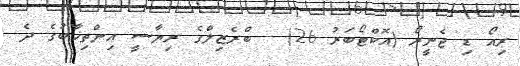
ރިއޯ ޑި ޖެނީރޯ (އޮކްޓޯބަރު 26) - ބްރެޒިލްގެ ރިޔާސީ އިންތިޚާބުގެ ދެ